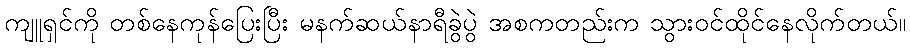
ကျူရှင်ကို တစ်နေကုန်ပြေးပြီး မနက်ဆယ်နာရီခွဲပွဲ အစကတည်းက သွားဝင်ထိုင်နေလိုက်တယ်။